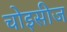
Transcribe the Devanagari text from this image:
चोइसीज